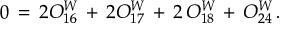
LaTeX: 0 \, = \, 2 O _ { 1 6 } ^ { W } \, + \, 2 O _ { 1 7 } ^ { W } \, + \, 2 \, O _ { 1 8 } ^ { W } \, + \, O _ { 2 4 } ^ { W } \, .